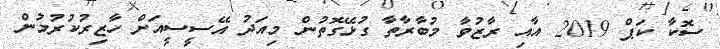
ސޮކާ ކަޕް 2019 އާއި ރާޒުވާ މުބާރާތާ ގުޅޭގޮތުން މިއަދު އޭސީސީއަށް ހާޒިރުކުރުމުން